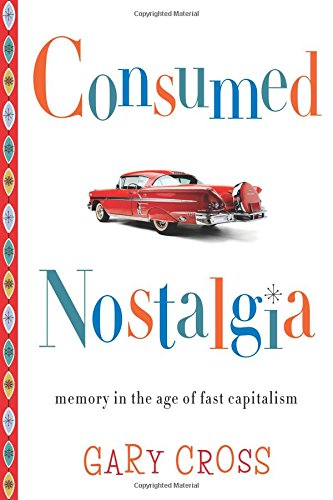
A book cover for Consumed Nostalgia: Memory in the Age of Fast Capitalism; Gary Cross; Humor & Entertainment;